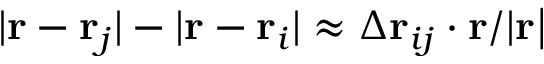
| \mathbf { r } - \mathbf { r } _ { j } | - | \mathbf { r } - \mathbf { r } _ { i } | \approx \Delta \mathbf { r } _ { i j } \cdot \mathbf { r } / | \mathbf { r | }